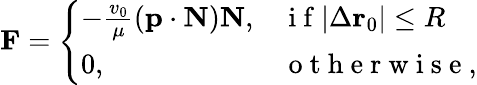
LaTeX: \mathbf{F}=\left\{ \begin{array}{ll}{-\frac{v_{0}}{\mu}(\mathbf{p}\cdot\mathbf{N})\mathbf{N},}&{\mathrm{~i~f~}|\Delta\mathbf{r}_{0}|\leq R}\\ {0,}&{\mathrm{~o~t~h~e~r~w~i~s~e~},}\end{array}\right.